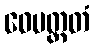
ဝေမတ္တတံ